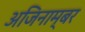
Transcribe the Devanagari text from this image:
अजिनाम्बर